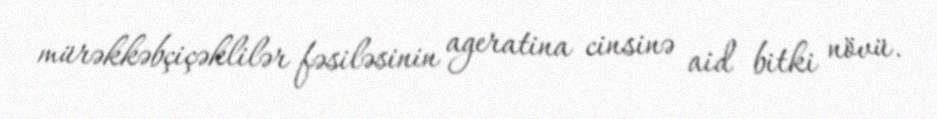
mürəkkəbçiçəklilər fəsiləsinin ageratina cinsinə aid bitki növü.